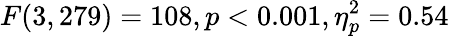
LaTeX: F(3,279)=108,p<0.001,\eta_{p}^{2}=0.54